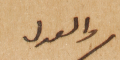
والعدل